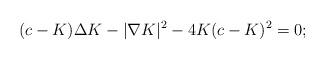
LaTeX: \begin{align*}(c-K)\Delta K-|\nabla K|^2-4K(c-K)^2=0;\end{align*}